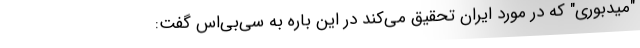
"میدبوری" که در مورد ایران تحقیق می‌کند در این باره به سی‌بی‌اس گفت: